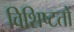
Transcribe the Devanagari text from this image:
विशिष्टतों